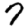
Digit: 7